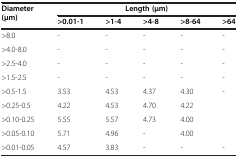
<table><thead><tr><td><b>Diameter (μm)</b></td><td colspan="5"><b>Length (μm)</b></td></tr><tr><td><b> </b></td><td><b>&gt;0.01-1</b></td><td><b>&gt;1-4</b></td><td><b>&gt;4-8</b></td><td><b>&gt;8-64</b></td><td><b>&gt;64</b></td></tr></thead><tbody><tr><td>&gt;8.0</td><td>-</td><td>-</td><td>-</td><td>-</td><td>-</td></tr><tr><td>&gt;4.0-8.0</td><td>-</td><td>-</td><td>-</td><td>-</td><td>-</td></tr><tr><td>&gt;2.5-4.0</td><td>-</td><td>-</td><td>-</td><td>-</td><td>-</td></tr><tr><td>&gt;1.5-2.5</td><td>-</td><td>-</td><td>-</td><td>-</td><td>-</td></tr><tr><td>&gt;0.5-1.5</td><td>3.53</td><td>4.53</td><td>4.37</td><td>4.30</td><td>-</td></tr><tr><td>&gt;0.25-0.5</td><td>4.22</td><td>4.53</td><td>4.70</td><td>4.22</td><td> </td></tr><tr><td>&gt;0.10-0.25</td><td>5.55</td><td>5.57</td><td>4.73</td><td>4.00</td><td> </td></tr><tr><td>&gt;0.05-0.10</td><td>5.71</td><td>4.96</td><td>-</td><td>4.00</td><td> </td></tr><tr><td>&gt;0.01-0.05</td><td>4.57</td><td>3.83</td><td>-</td><td>-</td><td>-</td></tr></tbody></table>